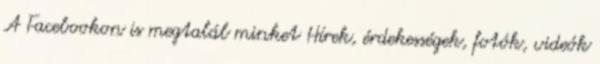
A Facebookon is megtalál minket Hírek, érdekességek, fotók, videók